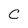
Character: C